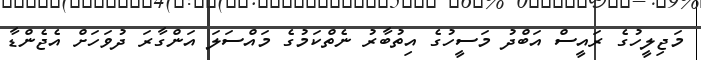
މަޖިލީހުގެ ރައީސް އަބްދު މަސީހުގެ އިތުބާރު ނެތްކަމުގެ މައްސަލަ އަންގާރަ ދުވަހަށް އެޖެންޑާ